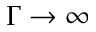
\Gamma \to \infty